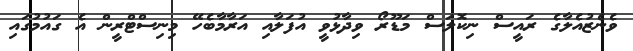
ވެނެޒުއެލާގެ ރައީސް ނިކޮލަސް މަޑޫރޯ ވިދާޅުވީ އުފަލާއި އަރާމާބެހޭ މިނިސްޓްރީން އެ ގައުމުގައި